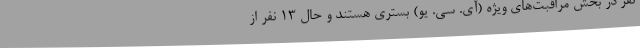
نفر در بخش مراقبت‌های ویژه (آی. سی. یو) بستری هستند و حال 13 نفر از